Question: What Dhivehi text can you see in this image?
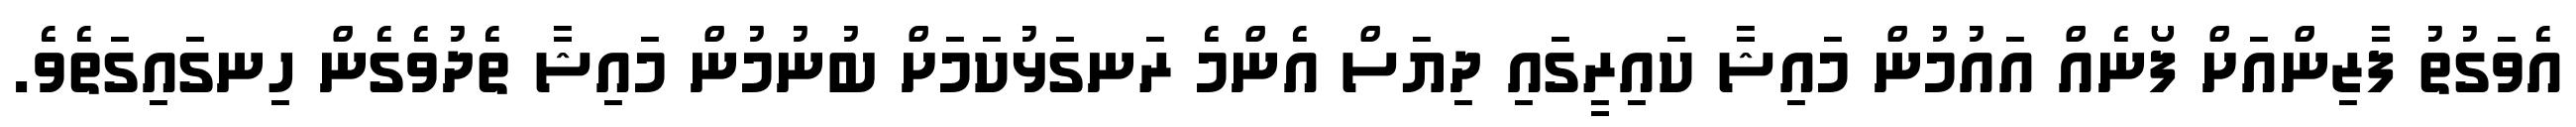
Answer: އެވަގުތު ފާޒިންއަށް ފޯނެއް އައުމުން މައިޝާ ކައިރީގައި ދިޔަސް އެންމެ ރަނގަޅުކަމަށް ބުނުމުން މައިޝާ ތެދުވެގެން ހިނގައިގަތެވެ.